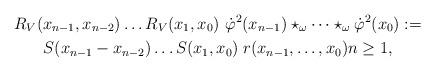
LaTeX: \begin{gather*}R_V(x_{n-1},x_{n-2})\dots R_V(x_1,x_0)\ \dot\varphi^2(x_{n-1}) \star_\omega \dots \star_\omega \dot\varphi^2(x_0):= \\S(x_{n-1}-x_{n-2})\dots S(x_1,x_{0}) \; r(x_{n-1},\dots , x_0)n\geq 1,\end{gather*}